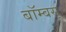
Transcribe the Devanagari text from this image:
बॉम्बस्